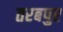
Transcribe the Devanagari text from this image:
तरबपुर